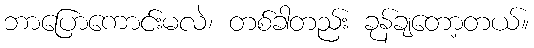
ဘာပြောကောင်းမလဲ၊ တစ်ခါတည်း ခုန်ချတော့တယ်။